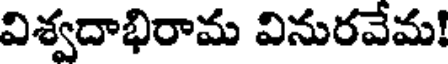
విశ్వదాభిరామ వినురవేమ!